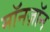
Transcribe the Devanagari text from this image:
मॉनज़ॉन